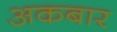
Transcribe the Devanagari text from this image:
अकबार